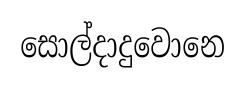
සොල්දාදුවොනෙ